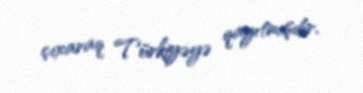
çıxaraq Türkiyəyə qayıtmışdır.